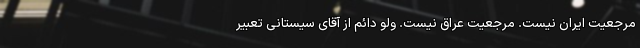
مرجعیت ایران نیست. مرجعیت عراق نیست. ولو دائم از آقای سیستانی تعبیر